Eesti_Peakonsulaat_New_Yorgis, lk 31
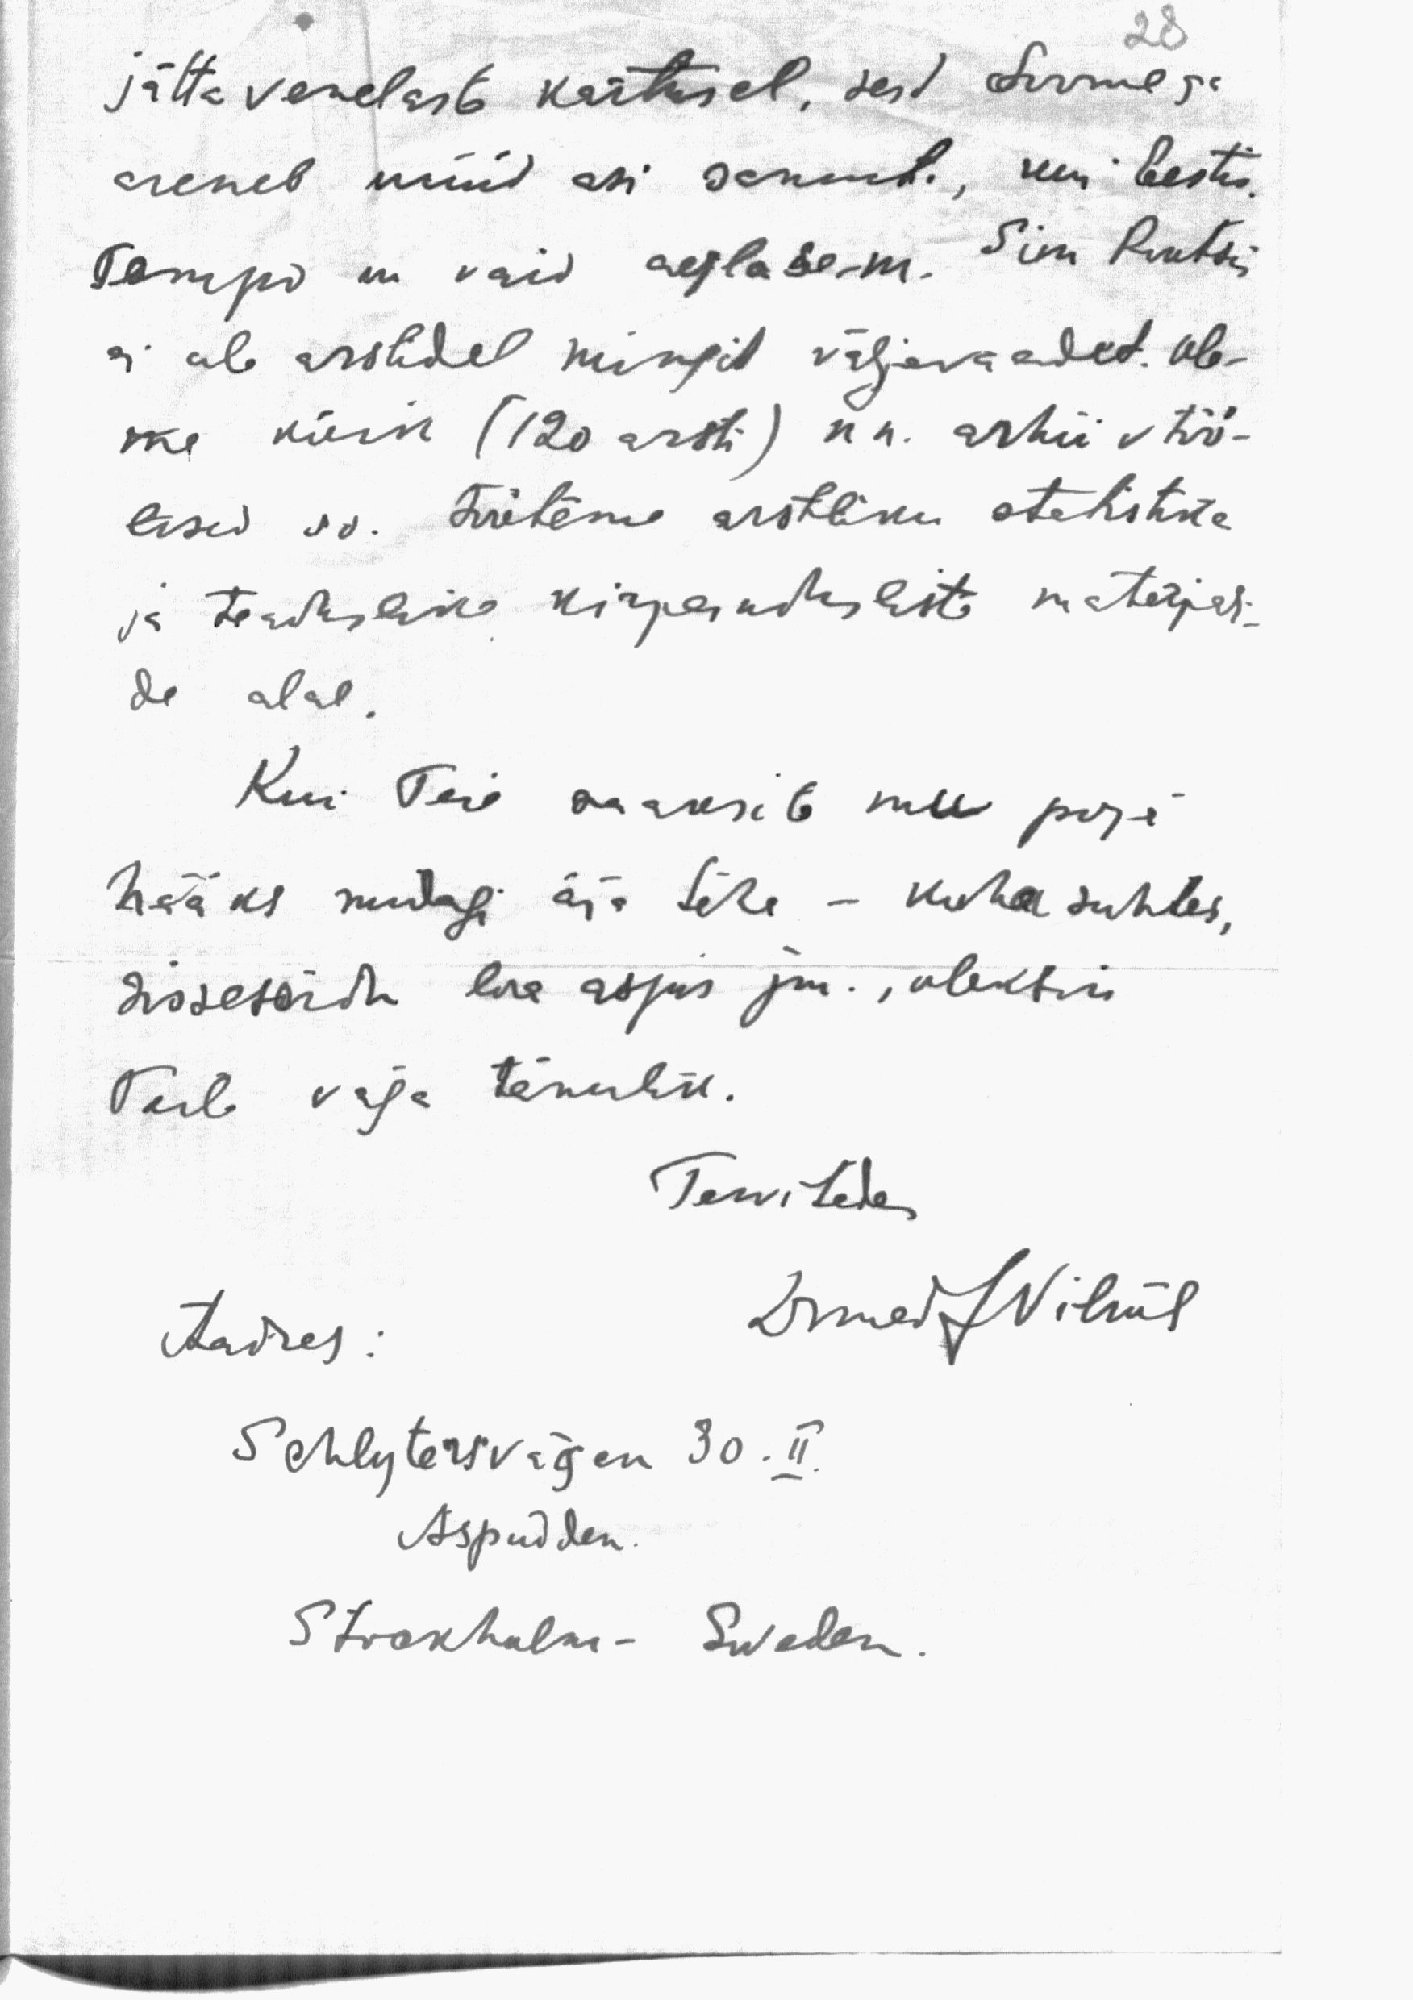
28
jätta venelaste kartusel, sest Soomega
areneb nüüd asi samuti, kui Eestis.
Tempo on vaid aeglasem. Siin Rootsis
ei ole arstidel mingit väljavaadet. Ole-
me kõik (120 arsti) nn. arhiivtöö-
lised so. töötame arstliku statistika
ja teaduslike kirjandusliste materjali-
de alal.
Kui Teie saaksite mu poja
hääks midagi ära teha - koha suhtes,
Sissesõidu loa asjus jm., oleksin
Teile väga tänulik.
Tervitades
Aadres:
DrmedJVilms
Schlytersvägen 30. II.
Aspudden.
Strokholm - Sweden.